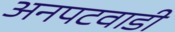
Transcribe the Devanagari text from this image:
अनपटवाडी